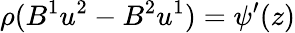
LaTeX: \rho(B^{1}u^{2}-B^{2}u^{1})=\psi^{\prime}(z)